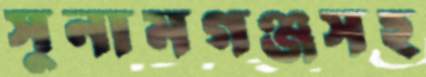
সুনামগঞ্জসহ